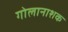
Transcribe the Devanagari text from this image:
गोलानाशक